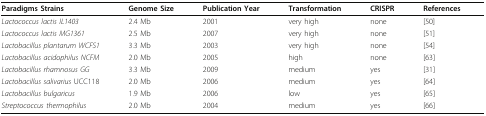
<table><thead><tr><td><b>Paradigms Strains</b></td><td><b>Genome Size</b></td><td><b>Publication Year</b></td><td><b>Transformation</b></td><td><b>CRISPR</b></td><td><b>References</b></td></tr></thead><tbody><tr><td><i>Lactococcus lactis IL1403</i></td><td>2.4 Mb</td><td>2001</td><td>very high</td><td>none</td><td>[50]</td></tr><tr><td><i>Lactococcus lactis MG1361</i></td><td>2.5 Mb</td><td>2007</td><td>very high</td><td>none</td><td>[51]</td></tr><tr><td><i>Lactobacillus plantarum WCFS1</i></td><td>3.3 Mb</td><td>2003</td><td>very high</td><td>none</td><td>[54]</td></tr><tr><td><i>Lactobacillus acidophilus NCFM</i></td><td>2.0 Mb</td><td>2005</td><td>high</td><td>none</td><td>[63]</td></tr><tr><td><i>Lactobacillus rhamnosus GG</i></td><td>3.3 Mb</td><td>2009</td><td>medium</td><td>yes</td><td>[31]</td></tr><tr><td><i>Lactobacillus salivarius</i> UCC118</td><td>2.0 Mb</td><td>2006</td><td>medium</td><td>yes</td><td>[64]</td></tr><tr><td><i>Lactobacillus bulgaricus</i></td><td>1.9 Mb</td><td>2006</td><td>low</td><td>yes</td><td>[65]</td></tr><tr><td><i>Streptococcus thermophilus</i></td><td>2.0 Mb</td><td>2004</td><td>medium</td><td>yes</td><td>[66]</td></tr></tbody></table>